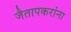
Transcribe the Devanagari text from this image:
जैतापकरांना